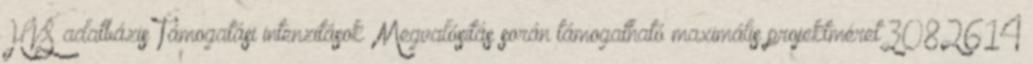
HVS adatbázis Támogatási intenzitások ▪Megvalósítás során támogatható maximális projektméret3082614